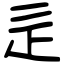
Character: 辵